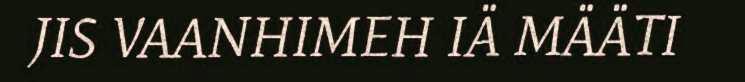
JIS VAANHIMEH IÄ MÄÄTI